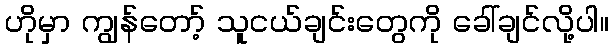
ဟိုမှာ ကျွန်တော့် သူငယ်ချင်းတွေကို ခေါ်ချင်လို့ပါ။